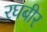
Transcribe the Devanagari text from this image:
रघबीर